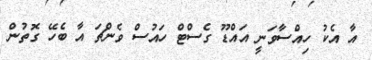
އާ އެކު ހިއްސާވަނީ އައްޑޫ ގެސްޓް ހައުސް ވެންޗަ އާ ބެހޭ ގޮތުން